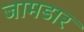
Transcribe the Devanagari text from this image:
जामडार